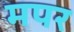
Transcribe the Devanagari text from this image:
मपर